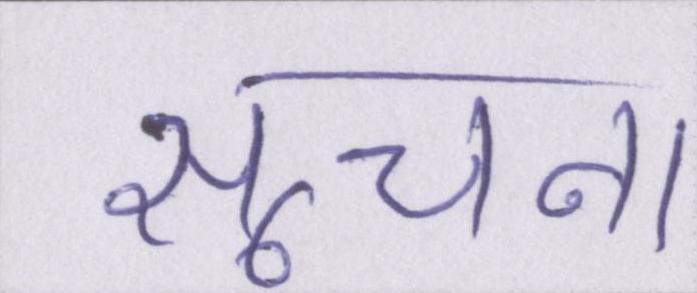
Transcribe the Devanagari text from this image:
सूचना